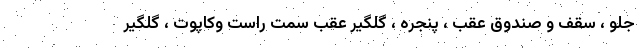
جلو ، سقف و صندوق عقب ، پنجره ، گلگیر عقب سمت راست وکاپوت ، گلگیر